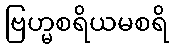
ဗြဟ္မစရိယမစရိ